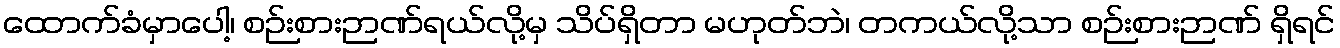
ထောက်ခံမှာပေါ့၊ စဉ်းစားဉာဏ်ရယ်လို့မှ သိပ်ရှိတာ မဟုတ်ဘဲ၊ တကယ်လို့သာ စဉ်းစားဉာဏ် ရှိရင်